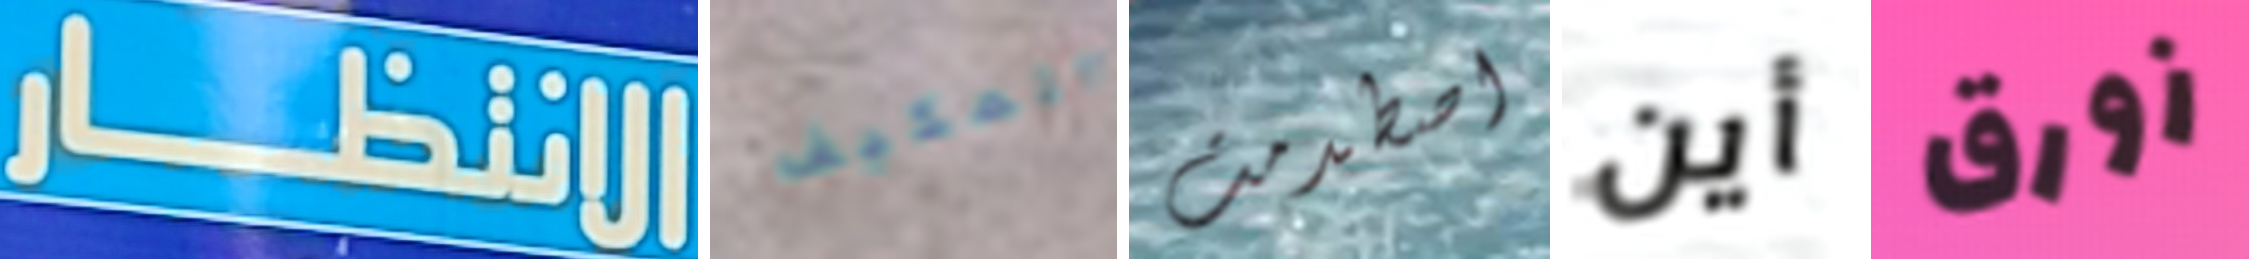
الانتظار المكيف اصطدمت أين زورق